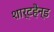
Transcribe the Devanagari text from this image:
शार्टहैन्ड